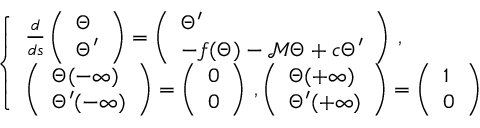
\left\{ \begin{array} { l l } { \frac { d } { d s } \left( \begin{array} { l } { { \Theta } } \\ { { \Theta } ^ { \prime } } \end{array} \right) = \left( \begin{array} { l } { { \Theta } ^ { \prime } } \\ { - f ( { \Theta } ) - { \mathcal M } { \Theta } + c { \Theta } ^ { \prime } } \end{array} \right) \, , } \\ { \left( \begin{array} { l } { { \Theta } ( - \infty ) } \\ { { \Theta } ^ { \prime } ( - \infty ) } \end{array} \right) = \left( \begin{array} { l } { 0 } \\ { 0 } \end{array} \right) \, , \left( \begin{array} { l } { { \Theta } ( + \infty ) } \\ { { \Theta } ^ { \prime } ( + \infty ) } \end{array} \right) = \left( \begin{array} { l } { 1 } \\ { 0 } \end{array} \right) } \end{array} \right.